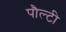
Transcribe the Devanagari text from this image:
पौल्टी